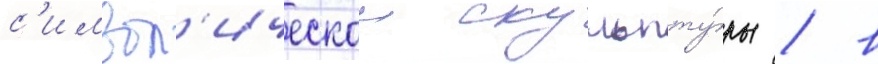
с'имвол'ическои скульпту́ры / в